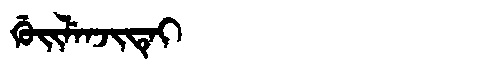
Manchu: ᡤᡠᡳᠯᡝᠨᠵᡳᡨᡝᡳ
Romanization: GUILENJITEI